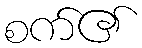
စက်၏